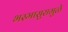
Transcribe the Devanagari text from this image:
भस्मासुरामुळे